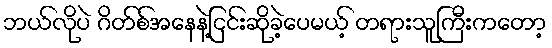
ဘယ်လိုပဲ ဂိတ်စ်အနေနဲ့ငြင်းဆိုခဲ့ပေမယ့် တရားသူကြီးကတော့